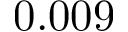
0 . 0 0 9